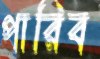
পারিব